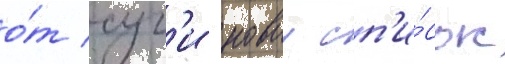
о́т суг'и новыи сп'и́сок